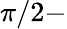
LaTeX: \pi/2-